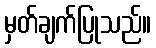
မှတ်ချက်ပြုသည်။